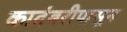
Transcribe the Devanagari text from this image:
कादंबरीपासून